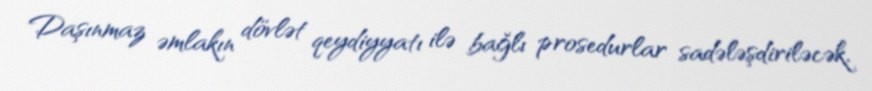
Daşınmaz əmlakın dövlət qeydiyyatı ilə bağlı prosedurlar sadələşdiriləcək,